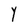
Character: Y